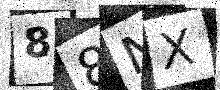
Text: 88NX